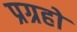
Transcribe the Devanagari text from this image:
प्रग्रहो